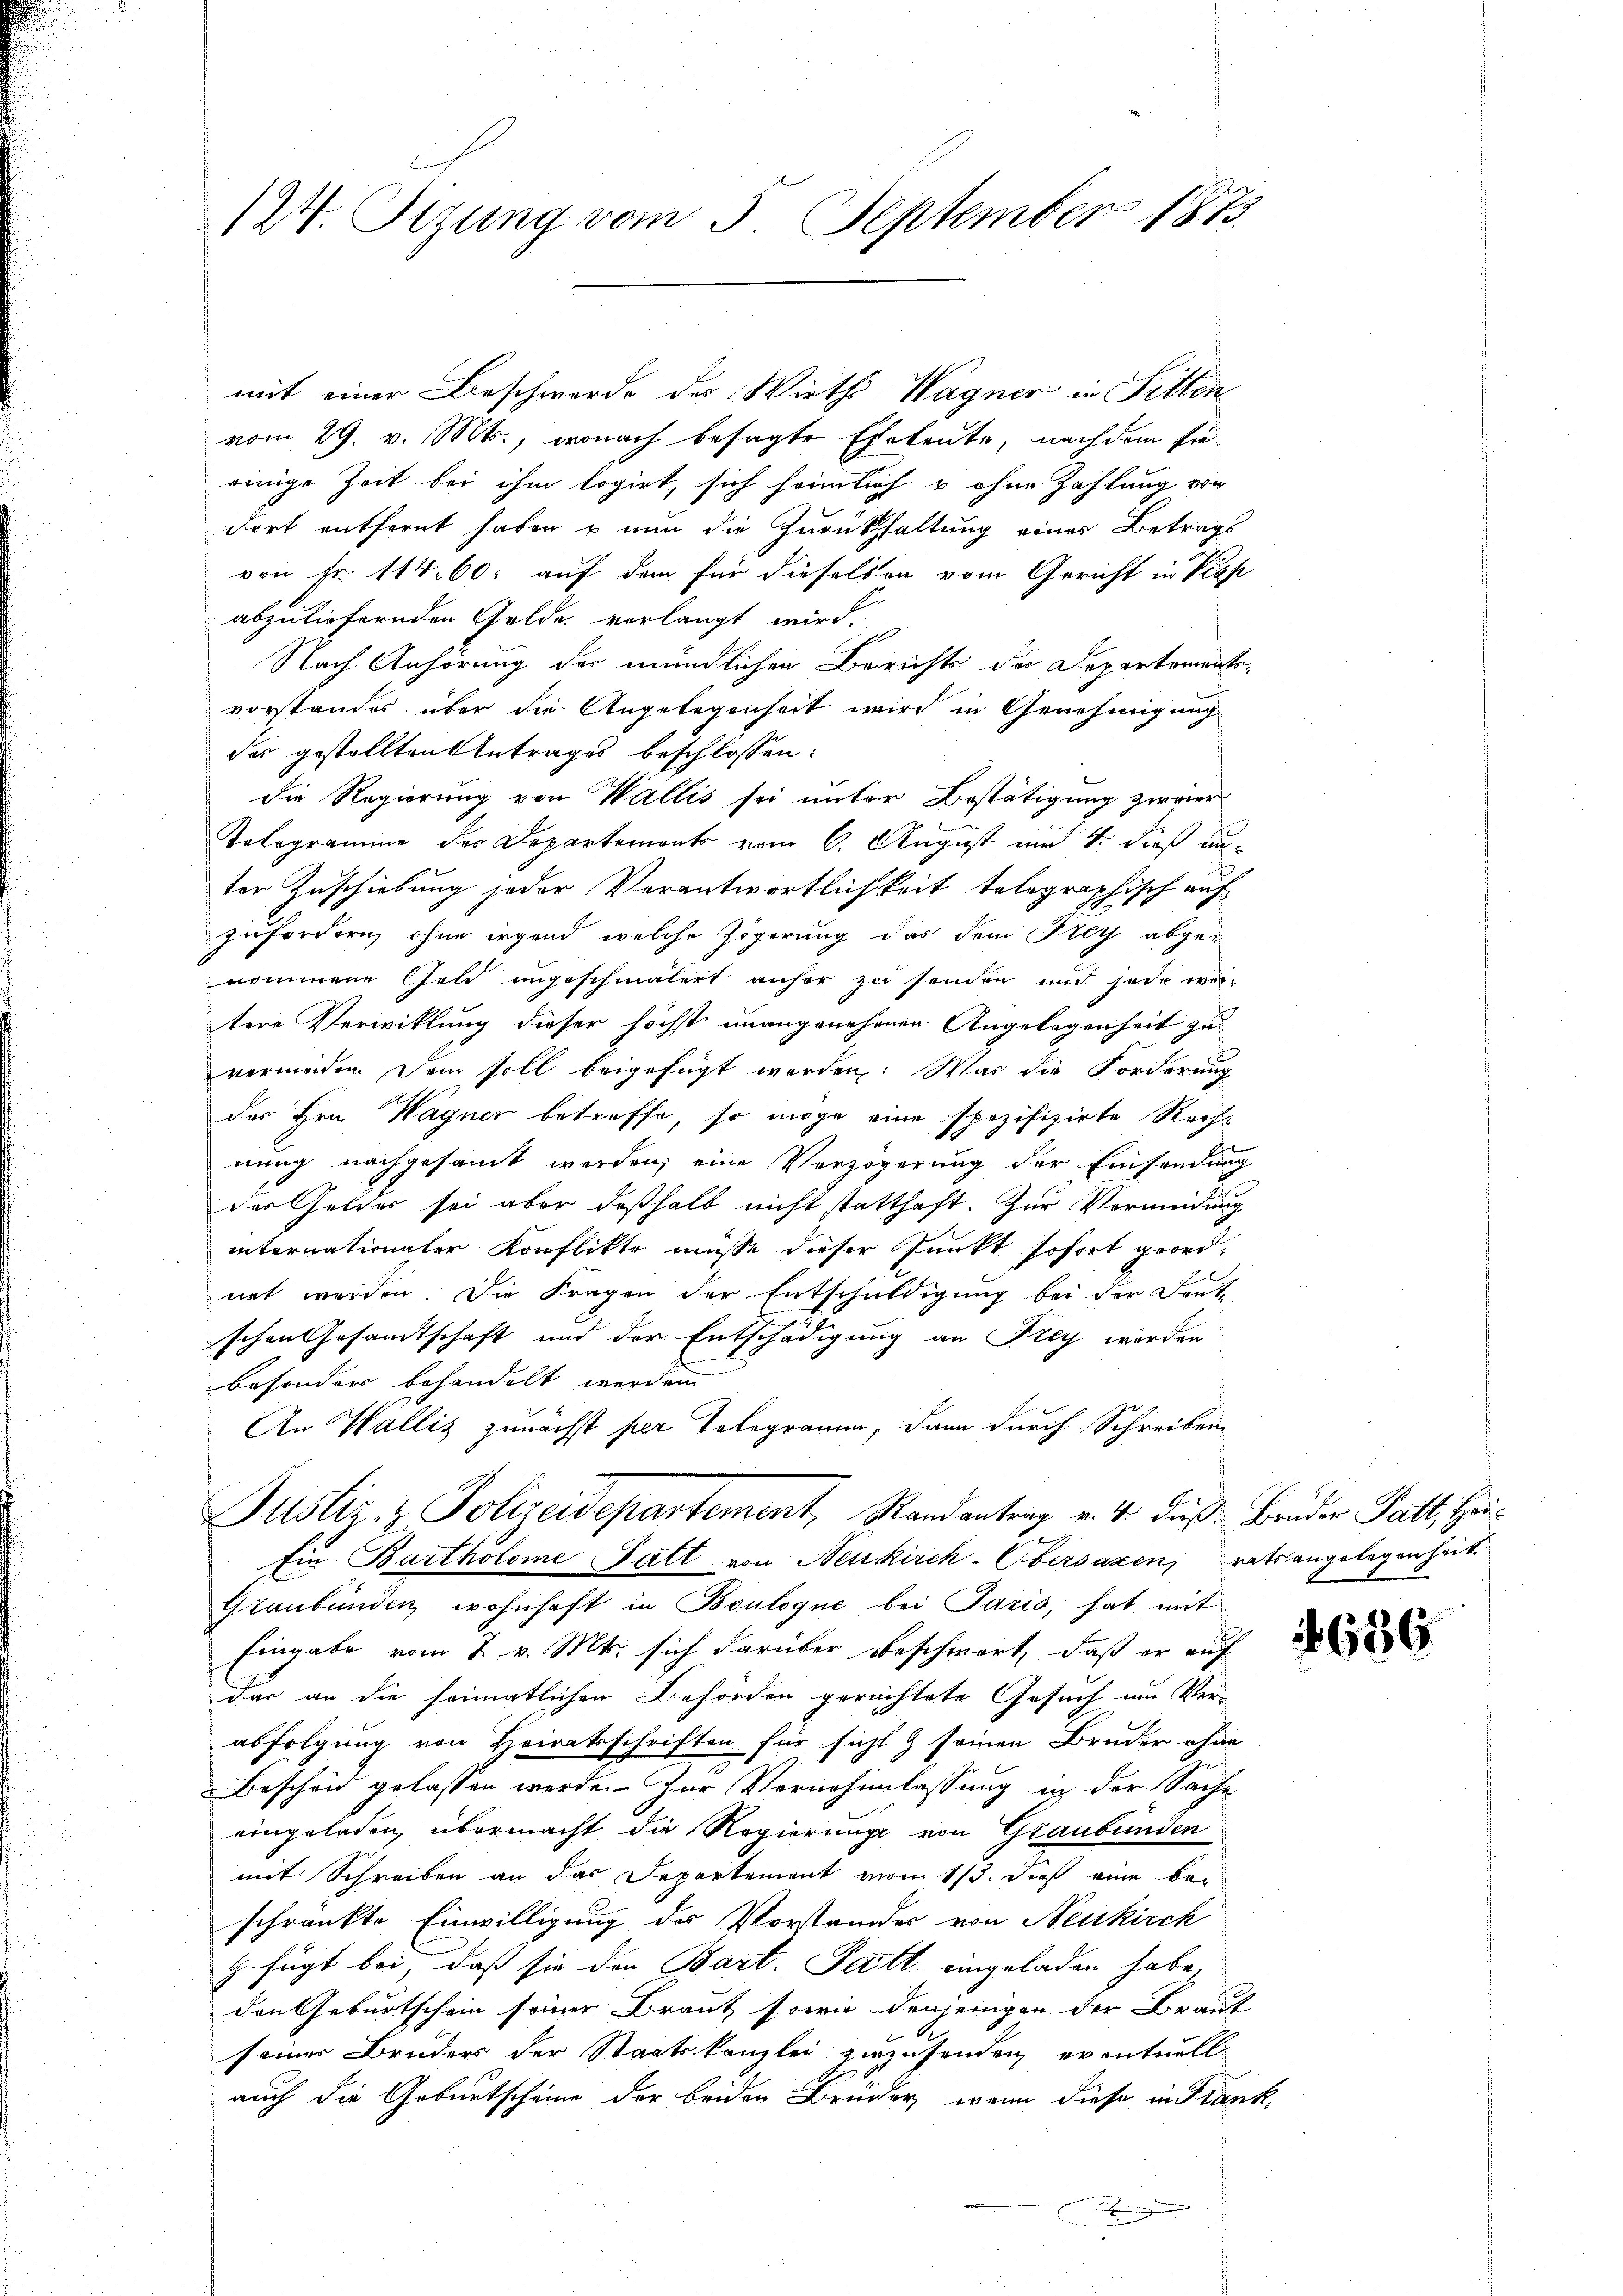
124. Tizung vom 5. September 1873.

mit einer Beschwerde der Wirth Wagner in Fitten
vom 29. v. Mts., wonach besagte Eheleute, nach dem sie
einige Zeit bei ihm logirt, sich heimlich u ohne Zahlung von
dort entfernt haben & nun die Zurückhaltung eines Betrags
von Fr. 114. 60. auf dem für dieselben vom Gericht in Vieh
abzuliefernden Gelde verlangt wird.
Nach Anhörung der mündlichen Berichts der Departementsvorstandes über die Angelegenheit wird in Genehmigung
des gestellten Betrages beschlossen:
die Regierung von Wallis sei unter Bestätigung zweier
Tologramme des Departements vom 6. August und 4. dieß unter Zuschiebung jeder Verantwortlichkeit telegraphisch auf
zufordern, ohne irgend welche Zögerung das dem Frey abgenommene Geld ungeschmälert anher zu sonden und jede ver-
tere Verwicklung dieser höchst unangenehmen Angelegenheit zu
vermeiden Dein soll beigefügt werden. War die Forderung
der Hrn. Wagner betreffe, so möge eine spezifizirte Rachs
nung nachgesammt werden, eine Verzögerung der Einsendung
der Gelder sei aber deßhalb nicht statthaft. Zur Vermeidung
internationaler Konflikte müsse dieser Punkt sofort geordnet werden. Die Fragen der Entschuldigung bei der Deut
schen Gesandtschaft und der Entschädigung an Frey worden
besonder behandelt werden.
An Wallis zunächst per Telegramm, dann durch Schreiben
Justiz- & Polizeidepartement, Randantrag v. 4. dieß: Bruder Patt, Hei¬
Ein Bartholome Fatt von Neukirch-Obersagen, ratsangelegenheit
Graubünden wohnhaft in Boulogne bei Paris, hat mit
Eingabe vom 2 v. Mts. sich darüber beschwert, daß er auf
das an die heimatlichen Behörden gerichtete Gesuch um Ver-
abfolgung von Heiratsschriften für sicht & seinen Bruder ohne
Bescheid gelassen werde. Zur Vernehmlassung in der Sache
eingeladen, übermacht die Regierung von Glaubunden
mit Schreiben an das Departement vom 1/3. dieß eine beschränkte Einwilligung des Vorstandes von Neukirch
z fügt bei, daß sie der Bart. Patt eingeladen habe,
den Geburtschein seiner Braut sowie denjenigen der Braut
seiner Bruders der Staatskanzlei zuzusenden, eventuell
auch die Geburtscheine der beiden Brüder, wenn diese in Frank¬
.

636